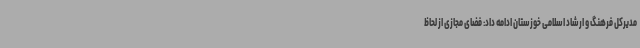
مدیرکل فرهنگ و ارشاد اسلامی خوزستان ادامه داد: فضای مجازی از لحاظ